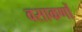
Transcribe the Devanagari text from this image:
वसाकणों